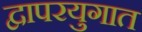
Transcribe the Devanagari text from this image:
द्वापरयुगात